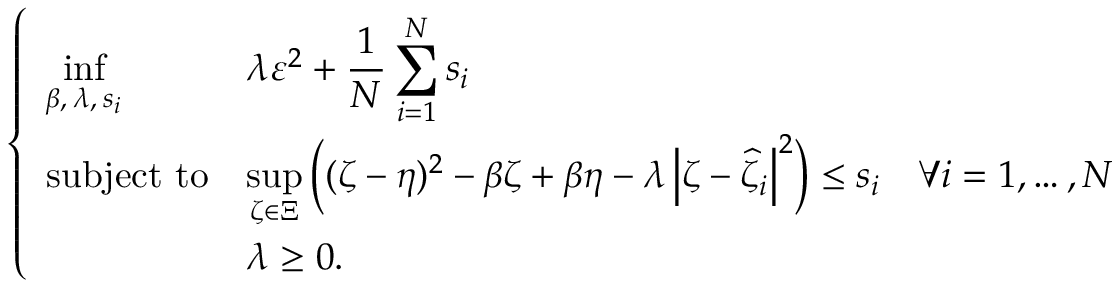
\begin{array} { r } { \left\{ \begin{array} { l l l } { { \displaystyle \operatorname* { i n f } _ { \beta , \: \lambda , \: s _ { i } } } } & { { \displaystyle \lambda \varepsilon ^ { 2 } + \frac { 1 } { N } \sum _ { i = 1 } ^ { N } s _ { i } } } \\ { \mathrm { s u b j e c t ~ t o } } & { { \displaystyle \operatorname* { s u p } _ { \zeta \in \Xi } \left( ( \zeta - \eta ) ^ { 2 } - \beta \zeta + \beta \eta - \lambda \left| \zeta - \widehat { \zeta } _ { i } \right| ^ { 2 } \right) \leq s _ { i } } } & { \forall i = 1 , \ldots , N } \\ & { \lambda \geq 0 . } \end{array} \right. } \end{array}